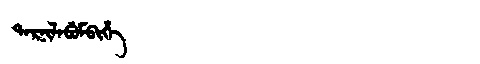
Manchu: ᡨᠠᡵᠨᡳᠯᠠᠪᡠᠮᠪᡳᡥᡝ
Romanization: TARNILABUMBIHE